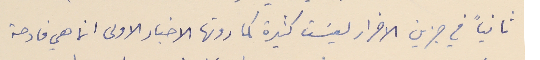
ثانياً في جزين الاضرار ليسَت كثيرة كما روتها الاخبار الاولى انما هي فادحة